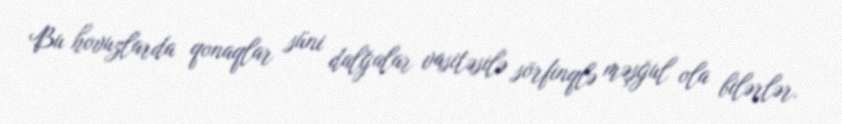
Bu hovuzlarda qonaqlar süni dalğalar vasitəsilə sörfinqlə məşğul ola bilərlər.